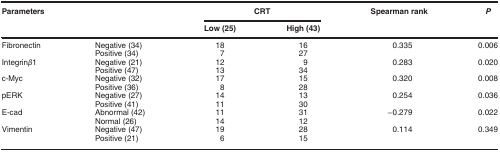
<table><thead><tr><td><b>Parameters</b></td><td><b> </b></td><td colspan="2"><b>CRT</b></td><td><b>Spearman rank</b></td><td><b><i>P</i></b></td></tr><tr><td><b> </b></td><td><b> </b></td><td><b>Low (25)</b></td><td><b>High (43)</b></td><td><b> </b></td><td><b> </b></td></tr></thead><tbody><tr><td>Fibronectin</td><td>Negative (34)</td><td>18</td><td>16</td><td>0.335</td><td>0.006</td></tr><tr><td> </td><td>Positive (34)</td><td>7</td><td>27</td><td> </td><td> </td></tr><tr><td>Integrin<i>β</i>1</td><td>Negative (21)</td><td>12</td><td>9</td><td>0.283</td><td>0.020</td></tr><tr><td> </td><td>Positive (47)</td><td>13</td><td>34</td><td> </td><td> </td></tr><tr><td>c-Myc</td><td>Negative (32)</td><td>17</td><td>15</td><td>0.320</td><td>0.008</td></tr><tr><td> </td><td>Positive (36)</td><td>8</td><td>28</td><td> </td><td> </td></tr><tr><td>pERK</td><td>Negative (27)</td><td>14</td><td>13</td><td>0.254</td><td>0.036</td></tr><tr><td> </td><td>Positive (41)</td><td>11</td><td>30</td><td> </td><td> </td></tr><tr><td>E-cad</td><td>Abnormal (42)</td><td>11</td><td>31</td><td>−0.279</td><td>0.022</td></tr><tr><td> </td><td>Normal (26)</td><td>14</td><td>12</td><td> </td><td> </td></tr><tr><td>Vimentin</td><td>Negative (47)</td><td>19</td><td>28</td><td>0.114</td><td>0.349</td></tr><tr><td> </td><td>Positive (21)</td><td>6</td><td>15</td><td> </td><td> </td></tr></tbody></table>